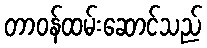
တာဝန်ထမ်းဆောင်သည်